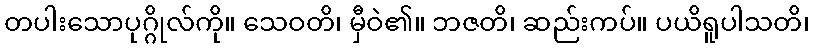
တပါးသောပုဂ္ဂိုလ်ကို။ သေဝတိ၊ မှီဝဲ၏။ ဘဇတိ၊ ဆည်းကပ်။ ပယိရူပါသတိ၊